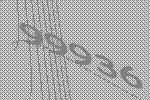
99936